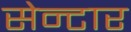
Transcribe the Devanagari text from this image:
सेन्टार